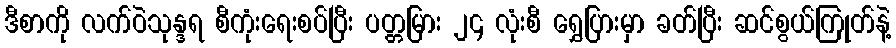
ဒီစာကို လက်ဝဲသုန္ဒရ စီကုံးရေးစပ်ပြီး ပတ္တမြား ၂၄ လုံးစီ ရွှေပြားမှာ ခတ်ပြီး ဆင်စွယ်ကြုတ်နဲ့